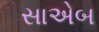
સાએબ